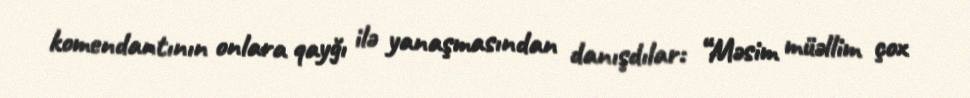
komendantının onlara qayğı ilə yanaşmasından danışdılar: “Məsim müəllim çox